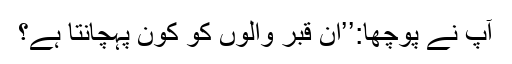
آپ نے پوچھا:’’ان قبر والوں کو کون پہچانتا ہے؟